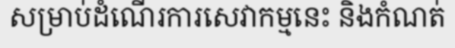
សម្រាប់ដំណើរការសេវាកម្មនេះ និងកំណត់